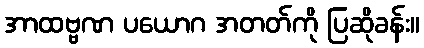
အာထဗ္ဗဏ ပယောဂ အတတ်ကို ပြဆိုခန်း။